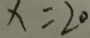
x = 2 0